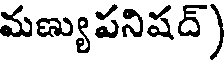
మణ్యుపనిషద్)